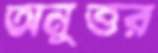
অনুত্তর